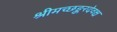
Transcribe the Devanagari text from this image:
श्रीमच्छङ्करदेवश्च